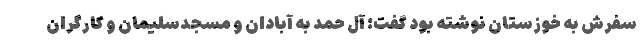
سفرش به خوزستان نوشته بود گفت: آل حمد به آبادان و مسجدسلیمان و کارگران